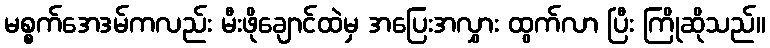
မစ္စက်အေဒမ်ကလည်း မီးဖိုချောင်ထဲမှ အပြေးအလွှား ထွက်လာ ပြီး ကြိုဆိုသည်။